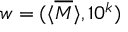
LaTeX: w = ( \langle { \overline { { M } } } \rangle , 1 0 ^ { k } )